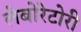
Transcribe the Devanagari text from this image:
लेबोरेटोरी